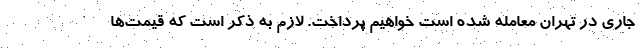
جاری در تهران معامله شده است خواهیم پرداخت. لازم به ذکر است که قیمت‌ها